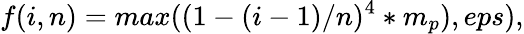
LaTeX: f(i,n)=max((1-(i-1)/n)^{4}*m_{p}),eps),